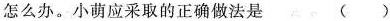
怎么办。小萌应采取的正确做法是 ()